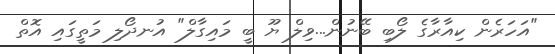
"އަހަރެން ކިއާރާގެ ލޯބި ބޭނުން...ވިލް ޔޫ ބީ މައިގާލް" އުނދޯލި މަތީގައި އޮތް